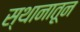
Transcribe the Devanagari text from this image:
स्थानातून